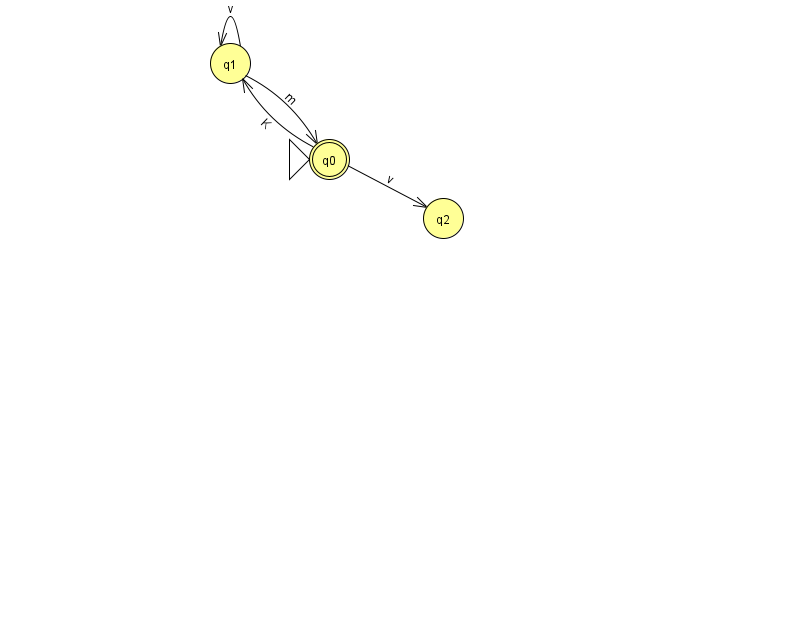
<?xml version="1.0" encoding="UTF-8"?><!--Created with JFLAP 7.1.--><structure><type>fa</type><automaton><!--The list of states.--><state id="0" name="q0"><x>329.0</x><y>146.0</y><initial/><final/></state><state id="1" name="q1"><x>230.0</x><y>50.0</y></state><state id="2" name="q2"><x>443.0</x><y>205.0</y></state><!--The list of transitions.--><transition><from>1</from><to>0</to><read>m</read></transition><transition><from>0</from><to>1</to><read>K</read></transition><transition><from>0</from><to>2</to><read>v</read></transition><transition><from>1</from><to>1</to><read>v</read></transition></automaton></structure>